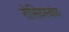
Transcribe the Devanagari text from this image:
रोसियस्कोय